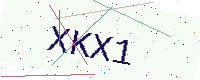
Text: XKX1